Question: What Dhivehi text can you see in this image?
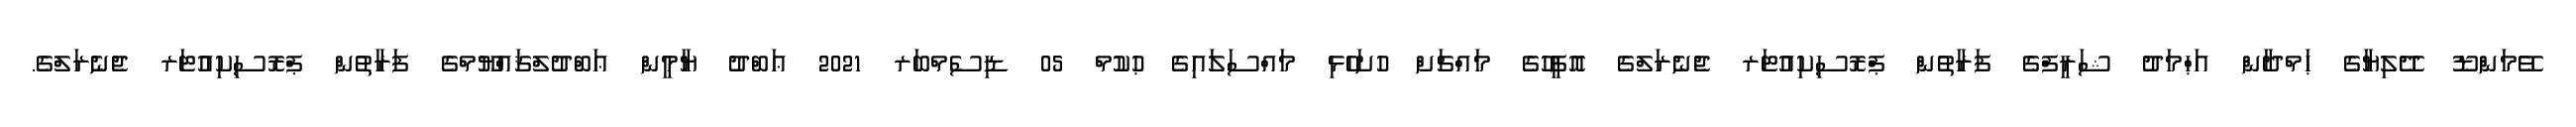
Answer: ވޭމަންޑޫ ދޭލިޔާގެ ޙަމްދާން އަޙްމަދު ޝަރީފްގެ ފަރާތުން ޕްރޮސިކިއުޓަރ ޖެނެރަލްގެ އޮފީހުގެ މައްޗަށް ހުށަހެޅި މައްސަލައިގެ ޙުކުމް 05 ޑިސެމްބަރ 2021 ޢަބްދު ޔާމީން ޢަބްދުލްޤައްޔޫމްގެ ފަރާތުން ޕްރޮސިކިއުޓަރ ޖެނެރަލްގެ.